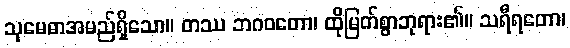
သုမေဓာအမည်ရှိသော။ တဿ ဘဂဝတော၊ ထိုမြတ်စွာဘုရား၏။ သရီရတော၊